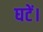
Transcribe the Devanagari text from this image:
घटें।